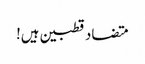
متضاد قطبین ہیں!